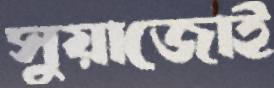
সুয়াজোই